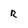
Character: r